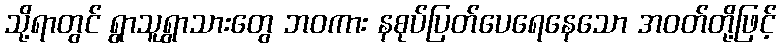
သို့ရာတွင် ရွာသူရွာသားတွေ ဘဝကား နစုပ်ပြတ်ပေရေနေသော အဝတ်တို့ဖြင့်